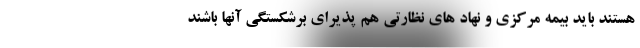
هستند باید بیمه مرکزی و نهاد های نظارتی هم پذیرای برشکستگی آنها باشند